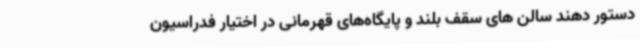
دستور دهند سالن های سقف بلند و پایگاه‌های قهرمانی در اختیار فدراسیون